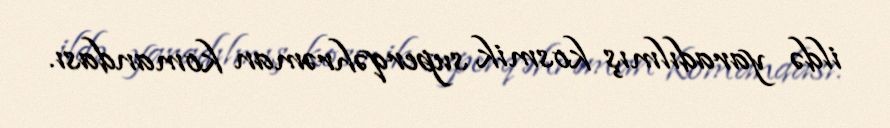
ildə yaradılmış kosmik superqəhrəman komandası.